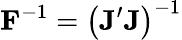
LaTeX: \mathbf{F}^{-1}=\left(\mathbf{J}^{\prime}\mathbf{J}\right)^{-1}